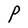
Character: P